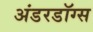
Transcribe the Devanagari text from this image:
अंडरडॉग्स